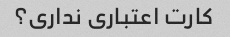
کارت اعتباری نداری؟